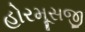
હોરમૂસજી